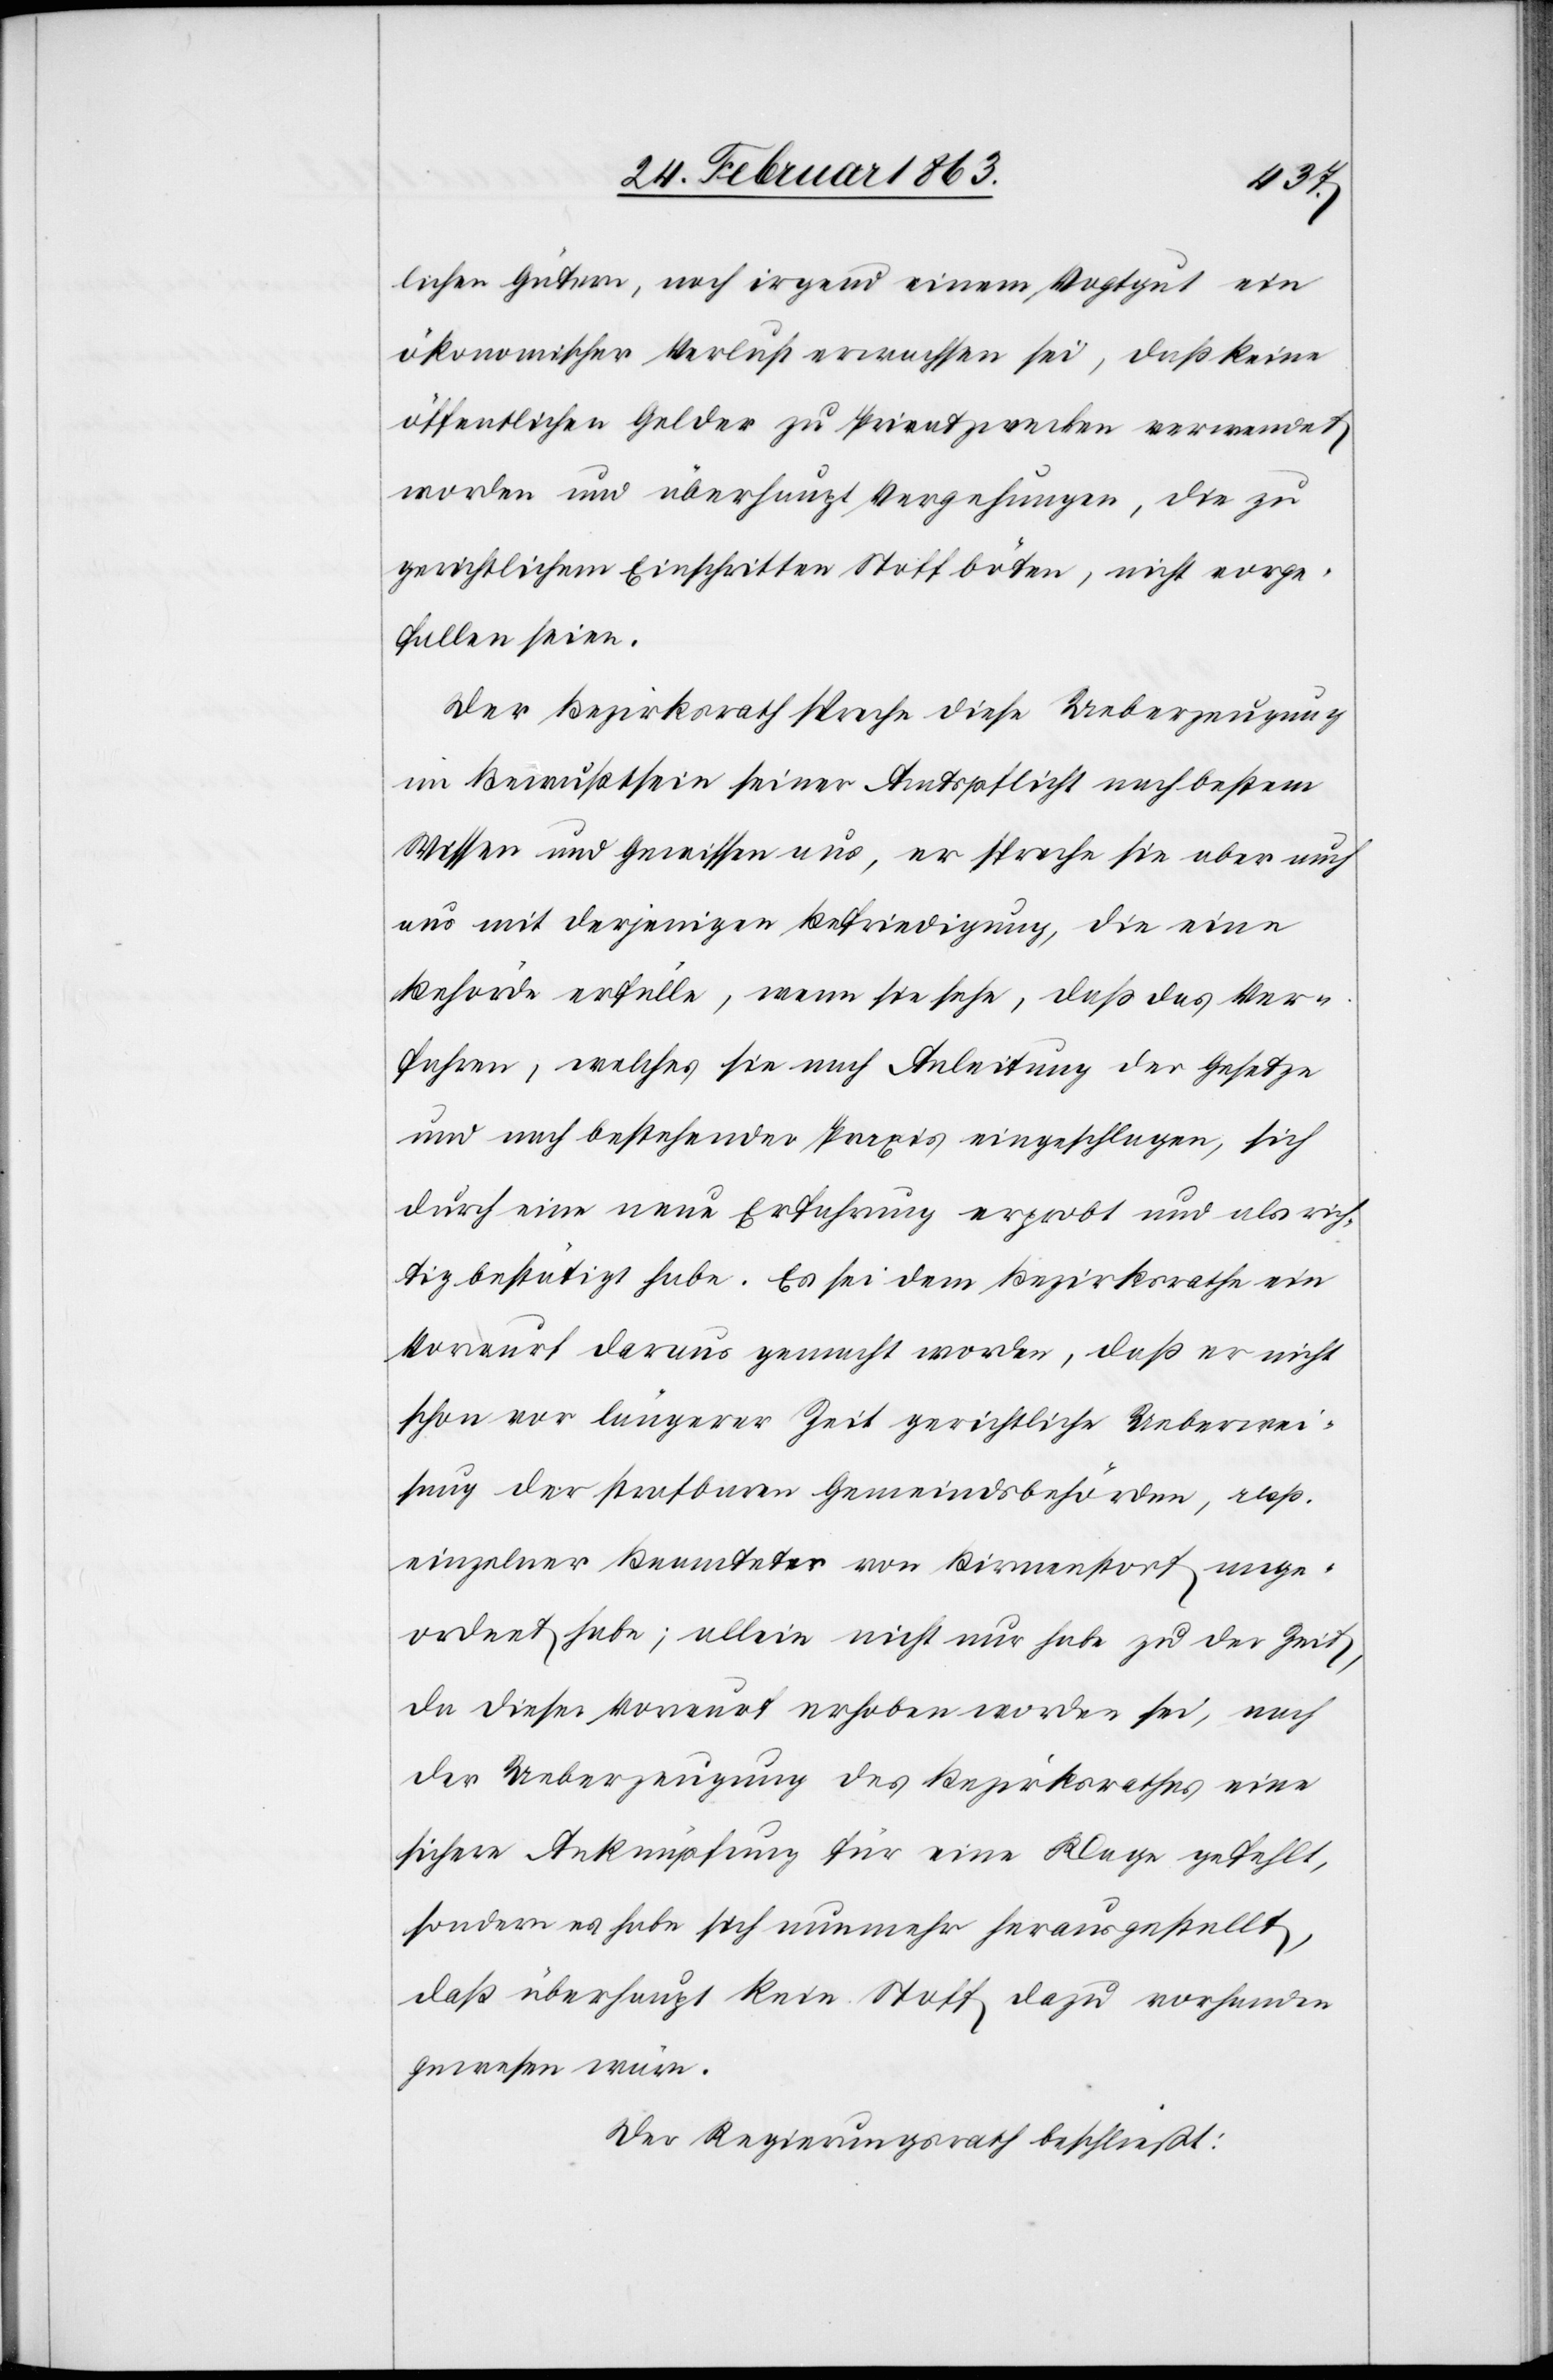
lichen Gütern, noch irgend einem Vogtgut ein
ökonomischer Verlust erwachsen sei, daß keine
öffentlichen Gelder zu Privatzwecken verwendet
worden und überhaupt Vergehungen, die zu
gerichtlichem [sic!] Einschritten Stoff böten, nicht vorge¬
fallen seien.
Der Bezirksrath spreche diese Ueberzeugung
im Bewußtsein seiner Amtspflicht nach bestem
Wissen und Gewissen aus, er spreche sie aber auch
aus mit derjenigen Befriedigung, die eine
Behörde erfülle, wenn sie sehe, daß das Ver¬
fahren, welches sie nach Anleitung der Gesetze
und nach bestehender Praxis eingeschlagen, sich
durch eine neue Erfahrung erprobt und als rich¬
tig bestätigt habe. Es sei dem Bezirksrathe ein
Vorwurf daraus gemacht worden, daß er nicht
schon vor längerer Zeit gerichtliche Ueberwei¬
sung der strafbaren Gemeindsbehörden, resp.
einzelner Beamteter von Birmenstorf ange¬
ordnet habe; allein nicht nur habe zu der Zeit,
da dieser Vorwurf erhoben worden sei, nach
der Ueberzeugung des Bezirksrathes eine
sichere Anknüpfung für eine Klage gefehlt,
sondern es habe sich nunmehr herausgestellt,
daß überhaupt kein Stoff dazu vorhanden
gewesen wäre.
Der Regierungsrath beschließt: